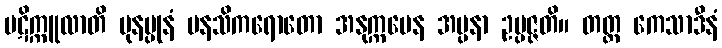
ပဋိက္ကူလာတိ ပုနပ္ပုနံ မနသိကရောတော အနုက္ကမေန အပ္ပနာ ဥပ္ပဇ္ဇတိ။ တတ္ထ ကေသာဒီနံ